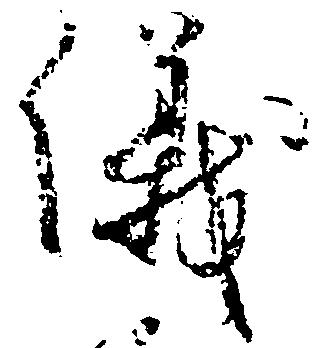
儀